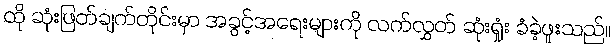
ထို ဆုံးဖြတ်ချက်တိုင်းမှာ အခွင့်အရေးများကို လက်လွှတ် ဆုံးရှုံး ခံခဲ့ဖူးသည်။